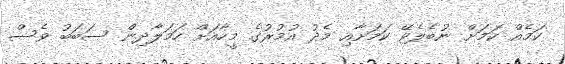
ކަމެއް ކަމަށް ނުބެލެވޭ ކަމަށާއި މެދު އުމުރުގެ މީހާއަށް ހަމަލާދިން ސަބަބު ވެސް